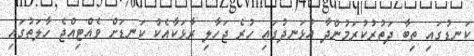
ކަނޑުގައި ތިބާ ދަތުރުކުރަމުންދާ އުޅަނދުގައި ހުރެ ޖަހާލި ރާޅަކާއެކު ކަނޑަށް ވެއްޓިއްޖެ ހާލަތުގައި